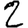
Digit: 2